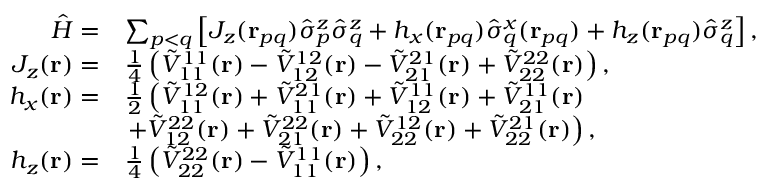
\begin{array} { r l } { \hat { H } = } & { \sum _ { p < q } \left[ J _ { z } ( \mathbf { r } _ { p q } ) \hat { \sigma } _ { p } ^ { z } \hat { \sigma } _ { q } ^ { z } + h _ { x } ( \mathbf { r } _ { p q } ) \hat { \sigma } _ { q } ^ { x } ( \mathbf { r } _ { p q } ) + h _ { z } ( \mathbf { r } _ { p q } ) \hat { \sigma } _ { q } ^ { z } \right] , } \\ { J _ { z } ( \mathbf { r } ) = } & { \frac { 1 } { 4 } \left( \tilde { V } _ { 1 1 } ^ { 1 1 } ( \mathbf { r } ) - \tilde { V } _ { 1 2 } ^ { 1 2 } ( \mathbf { r } ) - \tilde { V } _ { 2 1 } ^ { 2 1 } ( \mathbf { r } ) + \tilde { V } _ { 2 2 } ^ { 2 2 } ( \mathbf { r } ) \right) , } \\ { h _ { x } ( \mathbf { r } ) = } & { \frac { 1 } { 2 } \left( \tilde { V } _ { 1 1 } ^ { 1 2 } ( \mathbf { r } ) + \tilde { V } _ { 1 1 } ^ { 2 1 } ( \mathbf { r } ) + \tilde { V } _ { 1 2 } ^ { 1 1 } ( \mathbf { r } ) + \tilde { V } _ { 2 1 } ^ { 1 1 } ( \mathbf { r } ) \right. } \\ & { \left. + \tilde { V } _ { 1 2 } ^ { 2 2 } ( \mathbf { r } ) + \tilde { V } _ { 2 1 } ^ { 2 2 } ( \mathbf { r } ) + \tilde { V } _ { 2 2 } ^ { 1 2 } ( \mathbf { r } ) + \tilde { V } _ { 2 2 } ^ { 2 1 } ( \mathbf { r } ) \right) , } \\ { h _ { z } ( \mathbf { r } ) = } & { \frac { 1 } { 4 } \left( \tilde { V } _ { 2 2 } ^ { 2 2 } ( \mathbf { r } ) - \tilde { V } _ { 1 1 } ^ { 1 1 } ( \mathbf { r } ) \right) , } \end{array}